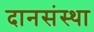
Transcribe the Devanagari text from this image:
दानसंस्था